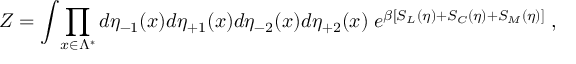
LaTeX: Z = \int \! \prod _ { x \in \Lambda ^ { * } } d \eta _ { - 1 } ( x ) d \eta _ { + 1 } ( x ) d \eta _ { - 2 } ( x ) d \eta _ { + 2 } ( x ) \; e ^ { \beta [ S _ { L } ( \eta ) + S _ { C } ( \eta ) + S _ { M } ( \eta ) ] } \; ,